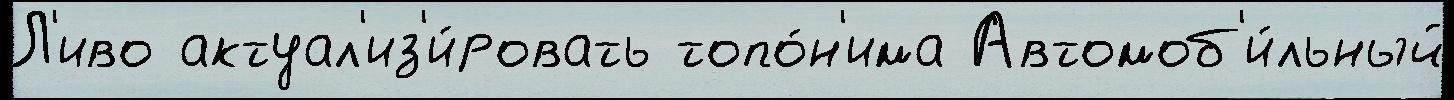
Л'иво актуал'из'и́ровать топо́н'има Автомоб'и́льный